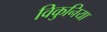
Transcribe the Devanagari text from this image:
विकुनिया